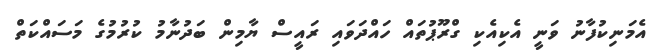
އެމަނިކުފާނު ވަނީ އެކިއެކި ގްރޫޕުތައް ހައްދަވައި ރައީސް ޔާމިން ބަދުނާމު ކުރުމުގެ މަސައްކަތް